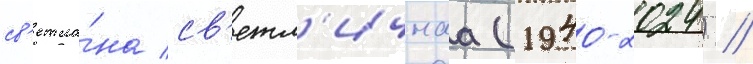
св'етла́на св'етл'ичнаа (1940-2024) //